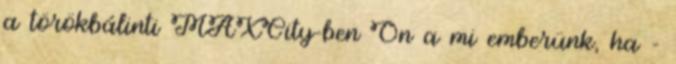
a törökbálinti MAXCity-ben Ön a mi emberünk, ha -